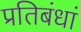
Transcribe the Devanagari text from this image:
प्रतिबंधां